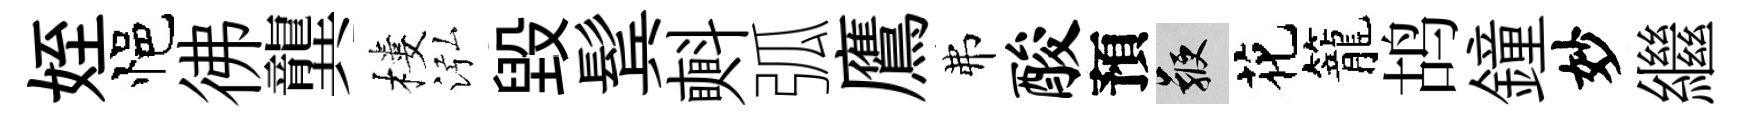
姪悒彿龔樓泓毁鬂㪺弧鷹弗酸預鞭花籠鸪鐘妙繼